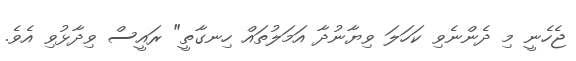
ޖެހެނީ މި ދެންނެވި ކަހަލަ ވިޔާނުދާ އަމަލުތައް ހިނގާތީ" ރައީސް ވިދާޅުވި އެވެ.